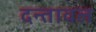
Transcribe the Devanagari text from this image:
दन्तावल